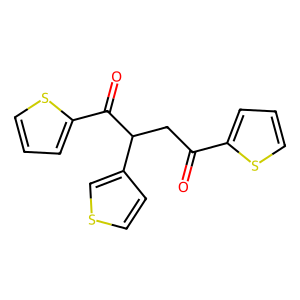
SMILES: O=C(CC(C(=O)c1cccs1)c1ccsc1)c1cccs1
Inhibits HIV replication: No